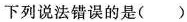
下列说法错误的是()